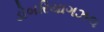
ડોબરિયાગઝલ